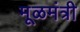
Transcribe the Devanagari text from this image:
मूळमंत्री